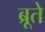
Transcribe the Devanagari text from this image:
ब्रूते